Report of the King Institute of Preventive Medicine, Guindy
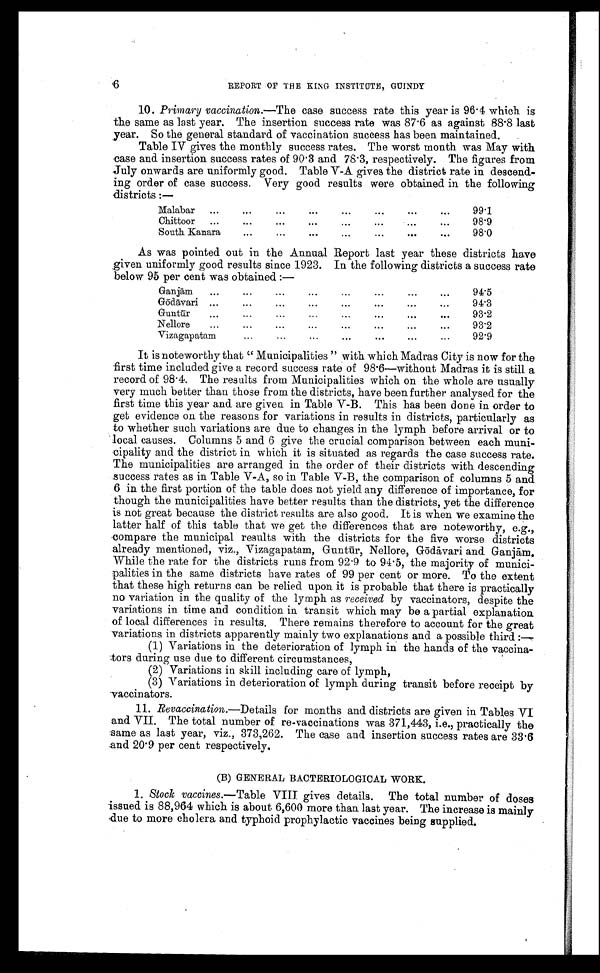
REPORT OF THE KING INSTITUTE, GUINDY
10. Primary vaccination.—The case success rate this year is 96.4 which is
the same as last year. The insertion success rate was 87.6 as against 88.8 last
year. So the general standard of vaccination success has been maintained.
Table IV gives the monthly success rates. The worst month was May with
case and insertion success rates of 90.3 and 78.3, respectively. The figures from
July onwards are uniformly good. Table V-A gives the district rate in descend
-ing order of case success. Very good results were obtained in the following
districts :—
Malabar
...
...
.
...
99.1
Chittoor
...
...
......
...
98.9
South Kanara
...
...
...
98.0
As was pointed out in the Annual Report last year these districts have
given uniformly good results since 1923. In the following districts a success rate
below 95 per cent was obtained :—
Ganjām
...
.
...
...
94.5
Gō dāvari ...
...
...
...
94.3
Guntūr...
...
...
...
.
93.2
Nellore
...
...
...
...
...
...
...
93.2
Vizagapatam
...
...
...
...
...
...
9 2 . 9
It is noteworthy that " Municipalities " with which Madras City is now for the
first time included give a record success rate of 98.6—without Madras it is still a
record of 98.4. The results from Municipalities which on the whole are usually
very much better than those from the districts, have been further analysed for the
first time this year and are given in Table V-B. This has been done in order to
get evidence on the reasons for variations in results in districts, particularly as
to whether such variations are due to changes in the lymph before arrival or to
local causes. Columns 5 and 6 give the crucial comparison between each muni--
cipality and the district in which it is situated as regards the case success rate.
The municipalities are arranged in the order of their districts with descending
success rates as in Table V-A, so in Table V-B, the comparison of columns 5 and
6 in the first portion of the table does not yield any difference of importance, for
though the municipalities have better results than the districts, yet the difference
is not great because the district results are also good. It is when we examine the
latter half of this table that we get the differences that are noteworthy, e.g.,
compare the municipal results with the districts for the five worse districts
already mentioned, viz., Vizagapatam, Guntū r, Nellore, Gō dāvari and Ganjām.
While the rate for the districts runs from 92.9 to 94.5, the majority of munici--
palities in the same districts have rates of 99 per cent or more. To the extent
that these high returns can be relied upon it is probable that there is practically
no variation in the quality of the lymph as received by vaccinators, despite the
variations in time and condition in transit which may be a partial explanation
of local differences in results. There remains therefore to account for the great
variations in districts apparently mainly two explanations and a possible third :—
(1) Variations in the deterioration of lymph in the hands of the vaccina--
tors during use due to different circumstances,
(2) Variations in skill including care of lymph,
(3) Variations in deterioration of lymph during transit before receipt by
vaccinators.
11. Revaccination.— Details for months and districts are given in Tables VI
and VII. The total number of re-vaccinations was 371,443, i.e., practically the
same as last year, viz., 373,262. The case and insertion success rates are 33.6
and 20.9 per cent respectively.
(B) GENERAL BACTERIOLOGICAL WORK.
1. Stock vaccines.—Table VIII gives details. The total number of doses
issued is 88,964 which is about 6,600 more than last year. The increase is mainly
due to more cholera and typhoid prophylactic vaccines being supplied.